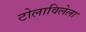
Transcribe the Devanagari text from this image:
टोलाविलेला